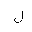
Letter: _lam